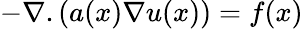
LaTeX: -\nabla.(a(x)\nabla u(x))=f(x)